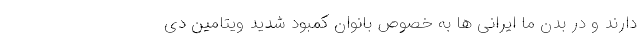
دارند و در بدن ما ایرانی ها به خصوص بانوان کمبود شدید ویتامین دی